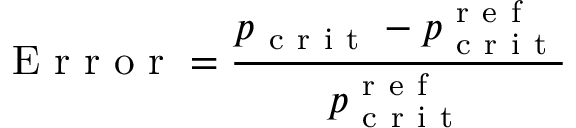
\mathrm { ~ E ~ r ~ r ~ o ~ r ~ } = \frac { p _ { \mathrm { ~ c ~ r ~ i ~ t ~ } } - p _ { \mathrm { ~ c ~ r ~ i ~ t ~ } } ^ { \mathrm { ~ r ~ e ~ f ~ } } } { p _ { \mathrm { ~ c ~ r ~ i ~ t ~ } } ^ { \mathrm { ~ r ~ e ~ f ~ } } }